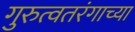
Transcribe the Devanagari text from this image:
गुरुत्वतरंगाच्या